Malaria in the Punjab - Number 46
Disease focus: Malaria
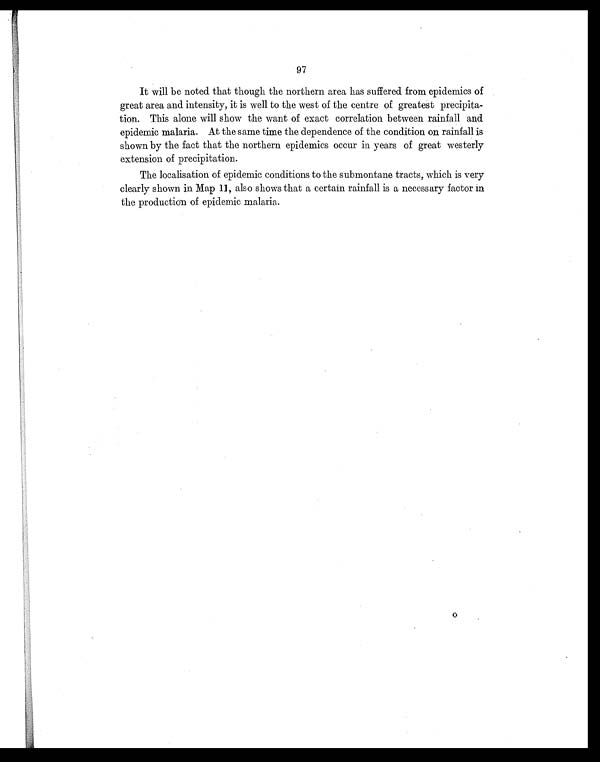
97
It will be noted that though the northern area has suffered from epidemics of
great area and intensity, it is well to the west of the centre of greatest precipita-
tion. This alone will show the want of exact correlation between rainfall and
epidemic malaria. At the same time the dependence of the condition on rainfall is
shown by the fact that the northern epidemics occur in years of great westerly
extension of precipitation.
The localisation of epidemic conditions to the submontane tracts, which is very
clearly shown in Map 11, also shows that a certain rainfall is a necessary factor in
the production of epidemic malaria.